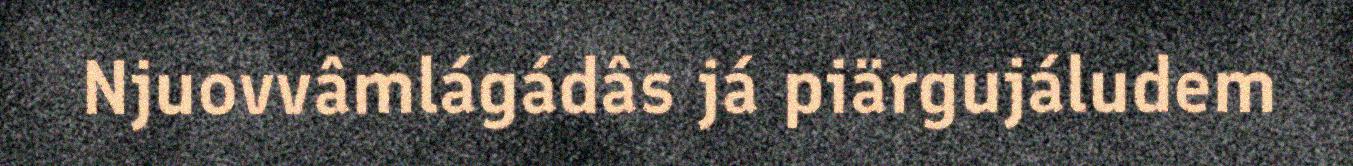
Njuovvâmlágádâs já piärgujáludem